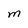
Character: M